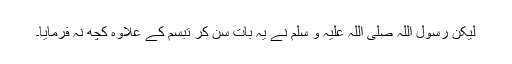
لیکن رسول اللہ صلی اللہ علیہ و سلم نے یہ بات سن کر تبسم کے علاوہ کچھ نہ فرمایا۔